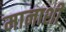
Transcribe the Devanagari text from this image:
मानाशी